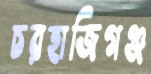
চরহাজিগঞ্জ